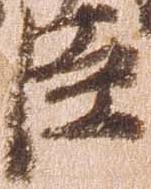
臣